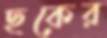
ছকের